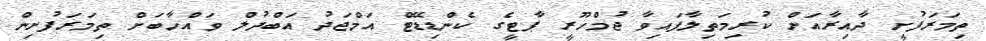
ތިމަރަފުށީ ދާއިރާއަށް ކުރިމަތިލާފައިވާ ޖުމްހޫރީ ޕާޓީގެ ކެންޑިޑޭޓް އަމްޖަދު އަބްދުލް ވައްހާބަށް ތިމަރަފުށިން